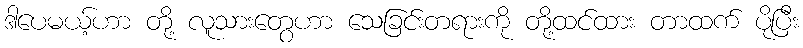
ဒါပေမယ့်ဟာ တို့ လူသားတွေဟာ သေခြင်းတရားကို တို့ထင်ထား တာထက် ပိုပြီး